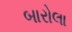
બારોલા